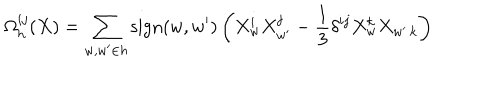
\Omega _ { h } ^ { i j } ( X ) = \sum _ { w , { w ^ { \prime } } \in h } \mathrm { s i g n } ( w , { w ^ { \prime } } ) \left( X _ { w } ^ { i } X _ { w ^ { \prime } } ^ { j } - { \frac { 1 } { 3 } } \delta ^ { i j } X _ { w } ^ { k } X _ { w ^ { \prime } \, k } \right)